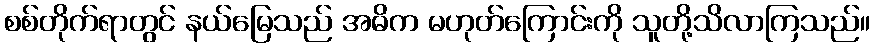
စစ်တိုက်ရာတွင် နယ်မြေသည် အဓိက မဟုတ်ကြောင်းကို သူတို့သိလာကြသည်။